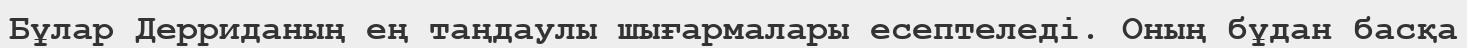
Бұлар Дерриданың ең таңдаулы шығармалары есептеледі. Оның бұдан басқа